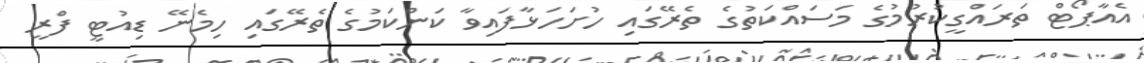
އެއާޕޯޓް ތަރައްގީކުރުމުގެ މަސައްކަތުގެ ތެރޭގައި ހުށަހަޅާފައިވާ ކަންކަމުގެ ތެރޭގައި ހިމެނޭ ޑިއުޓީ ފްރީ